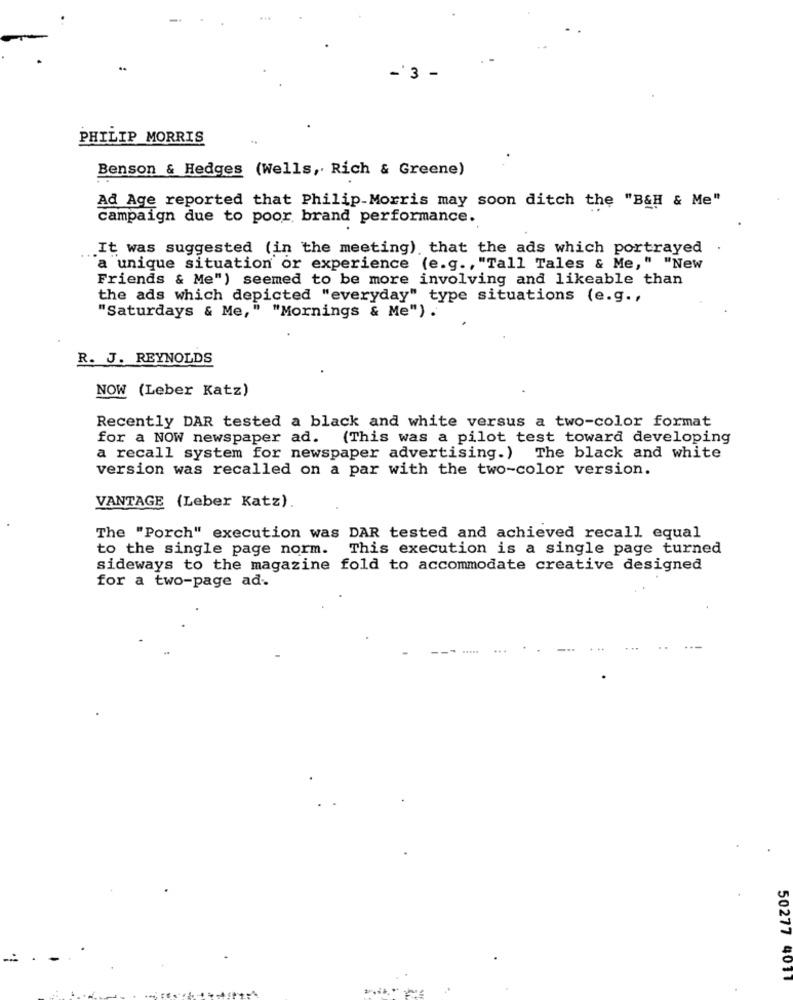
PHILIP MORRIS
Benson & Hedges (Wells, Rich & Greene)
Ad Age reported that Philip Morris may soon ditch the "B&H & Me"
campaign due to poor brand performance.
It was suggested (in the meeting) that the ads which portrayed
a unique situation or experience (e.g ., "Tall Tales & Me," "New
Friends & Me") seemed to be more involving and likeable than
the ads which depicted "everyday" type situations (e.g .,
"Saturdays & Me," "Mornings & Me") .
R. J. REYNOLDS
NOW (Leber Katz)
Recently DAR tested a black and white versus a two-color format
for a NOW newspaper ad. (This was a pilot test toward developing
a recall system for newspaper advertising.) The black and white
version was recalled on a par with the two-color version.
VANTAGE (Leber Katz).
The "Porch" execution was DAR tested and achieved recall equal
to the single page norm. This execution is a single page turned
sideways to the magazine fold to accommodate creative designed
for a two-page ad-
50277 4011